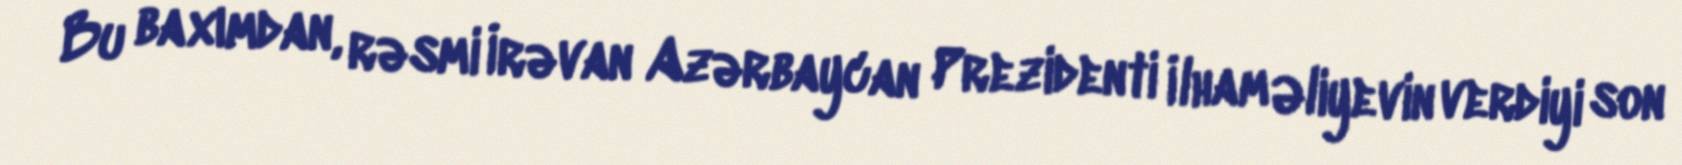
Bu baxımdan, rəsmi İrəvan Azərbaycan Prezidenti İlham Əliyevin verdiyi son